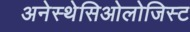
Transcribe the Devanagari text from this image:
अनेस्थेसिओलोजिस्ट